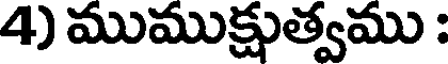
4) ముముక్షుత్వము :